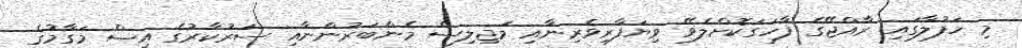
މި ހަފުލާގައި ރާއްޖޭގެ ފާހަގަކޮށްލެވޭ ވިޔަފާރިވެރިނާއި މަޖިލިސް މެންބަރުންނާއި ސަރުކާރުގެ އިސް މަގާމުގެ